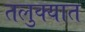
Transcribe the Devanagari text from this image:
तलुक्यात